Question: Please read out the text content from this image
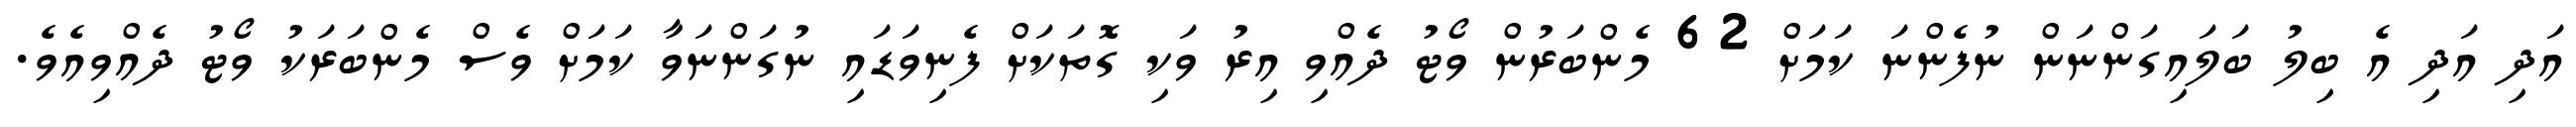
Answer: އަދި އަދި އެ ބިލު ބަލައިގަންނަން ނުފެންނަ ކަމަށް 62 މެންބަރުން ވޯޓު ދެއްވި އިރު ވަކި ގޮތަކަށް ފެނިވަޑައި ނުގަންނަވާ ކަމަށް ވެސް މެންބަރަކު ވޯޓު ދެއްވިއެވެ.